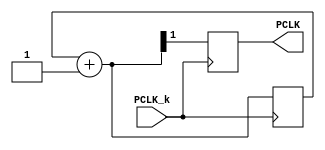

`timescale 1ns / 1ps
//////////////////////////////////////////////////////////////////////////////////
// Company:
// Engineer:
//
// Design Name:
// Module Name:    prescaler1
// Project Name:
// Target Devices:
// Tool versions:
// Description:
//
// Dependencies:
//
// Revision:
// Revision 0.01 - File Created
// Additional Comments:
//
//////////////////////////////////////////////////////////////////////////////////
module prescaler1 (PCLK_k,PCLK);
 
// Inputs

input PCLK_k;
//reg newclk=0;
output reg PCLK=0;
//output reg [31:0] count_n1=32'd0;

reg [1:0] count_k=2'b0;
//reg [8:0] count_n=9'b0;


always @(posedge PCLK_k)
begin
count_k = count_k+2'd1;
PCLK = count_k[1];
end


endmodule